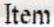
ITEM